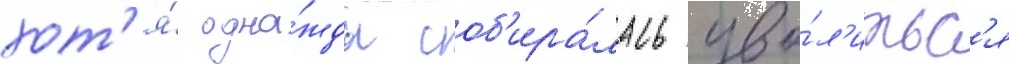
хот'я́ одна́жды соб'ира́лась уво́л'итьс'я